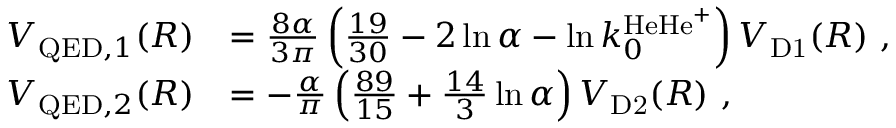
\begin{array} { r l } { V _ { \mathrm { Q E D } , 1 } ( R ) } & { = \frac { 8 \alpha } { 3 \pi } \left( \frac { 1 9 } { 3 0 } - 2 \ln \alpha - \ln k _ { 0 } ^ { \mathrm { H e H e } ^ { + } } \right) V _ { \mathrm { D 1 } } ( R ) \ , } \\ { V _ { \mathrm { Q E D } , 2 } ( R ) } & { = - \frac { \alpha } { \pi } \left( \frac { 8 9 } { 1 5 } + \frac { 1 4 } { 3 } \ln \alpha \right) V _ { \mathrm { D 2 } } ( R ) \ , } \end{array}